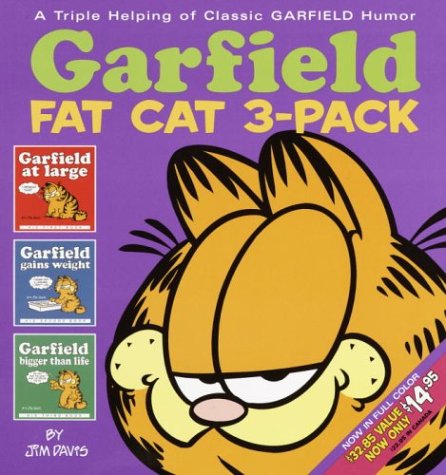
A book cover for Garfield Fat Cat Volume 1; Jim Davis; Comics & Graphic Novels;